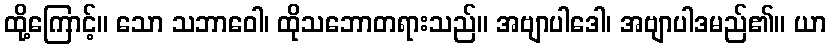
ထို့ကြောင့်။ သော သဘာဝေါ၊ ထိုသဘောတရားသည်။ အဗျာပါဒေါ၊ အဗျာပါဒမည်၏။ ယာ